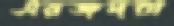
এয়জদরা